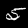
Digit: 5